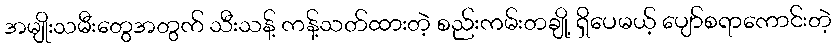
အမျိုးသမီးတွေအတွက် သီးသန့် ကန့်သတ်ထားတဲ့ စည်းကမ်းတချို့ ရှိပေမယ့် ပျော်စရာကောင်းတဲ့